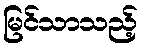
မြင်သာသည့်